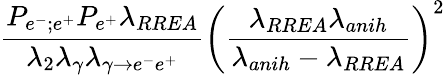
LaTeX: \frac{P_{e^{-};e^{+}}P_{e^{+}}\lambda_{RREA}}{\lambda_{2}\lambda_{\gamma}\lambda_{\gamma\rightarrow e^{-}e^{+}}}\left(\frac{\lambda_{RREA}\lambda_{anih}}{\lambda_{anih}-\lambda_{RREA}}\right)^{2}